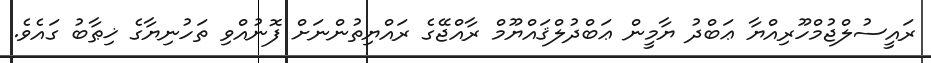
ރައީސުލްޖުމްހޫރިއްޔާ ޢަބްދު ޔާމީން ޢަބްދުލްޤައްޔޫމް ރާއްޖޭގެ ރައްޔިތުންނަށް ފޮނުއްވި ތަހުނިޔާގެ ޚިޠާބު ގައެވެ.